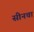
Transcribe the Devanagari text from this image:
सीनचा